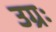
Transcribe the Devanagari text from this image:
उग्रः